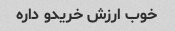
خوب ارزش خریدو داره